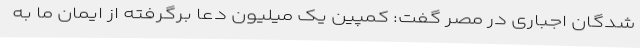
شدگان اجباری در مصر گفت: کمپین یک میلیون دعا برگرفته از ایمان ما به